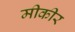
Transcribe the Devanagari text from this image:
मीकीर